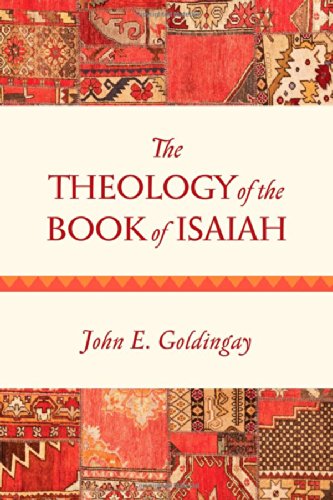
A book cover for The Theology of the Book of Isaiah; John Goldingay; Christian Books & Bibles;